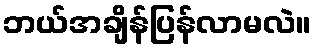
ဘယ်အချိန်ပြန်လာမလဲ။